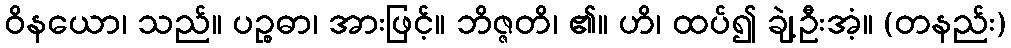
ဝိနယော၊ သည်။ ပဉ္စဓာ၊ အားဖြင့်။ ဘိဇ္ဇတိ၊ ၏။ ဟိ၊ ထပ်၍ ချဲ့ဦးအံ့။ (တနည်း)